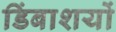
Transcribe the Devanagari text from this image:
डिंबाशयों